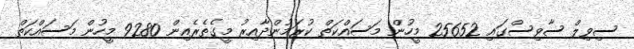
ސިވިލް ސާވިސްގައި 25652 މީހުން މަަސައްކަތް ކުރަމުންދާއިރު މީގެތެރެއިން 9280 މީހުން މަސައްކަތް